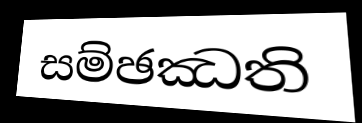
සම්ඡඣති